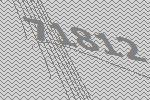
71812